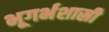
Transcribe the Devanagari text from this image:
भूगर्भशास्री